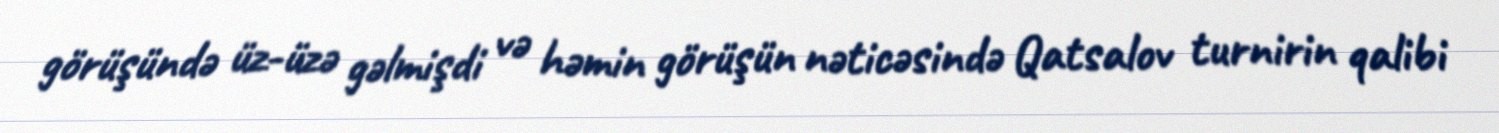
görüşündə üz-üzə gəlmişdi və həmin görüşün nəticəsində Qatsalov turnirin qalibi